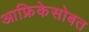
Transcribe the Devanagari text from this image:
आफ्रिकेसोबत